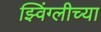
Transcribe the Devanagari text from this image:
झ्विंग्लीच्या